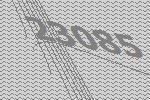
23085